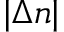
| \Delta n |